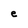
Character: e